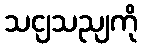
သငျသညျကို